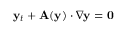
\mathbf { y } _ { t } + \mathbf { A } ( \mathbf { y } ) \cdot \nabla \mathbf { y } = \mathbf { 0 }